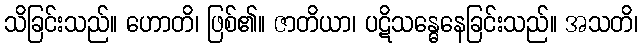
သိခြင်းသည်။ ဟောတိ၊ ဖြစ်၏။ ဇာတိယာ၊ ပဋိသန္ဓေနေခြင်းသည်။ အသတိ၊